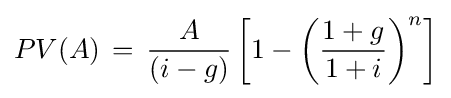
PV(A)\,=\,{A \over (i-g)}\left[1-\left({1+g \over 1+i}\right)^{n}\right]